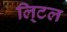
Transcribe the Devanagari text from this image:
लि्टल